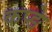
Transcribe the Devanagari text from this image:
कप्ङे